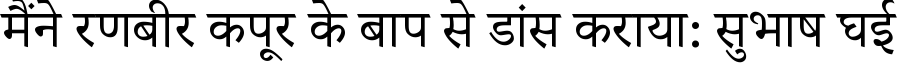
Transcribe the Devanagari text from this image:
मैंने रणबीर कपूर के बाप से डांस कराया: सुभाष घई